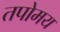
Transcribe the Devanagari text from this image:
तपोमय